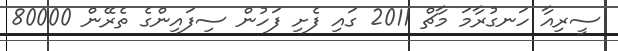
ސީރިއާ ހަނގުރާމަ މާޗް 2011 ގައި ފެށި ފަހުން ސިފައިންގެ ތެރޭން 80000